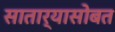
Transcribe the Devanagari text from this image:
सातार्‍यासोबत